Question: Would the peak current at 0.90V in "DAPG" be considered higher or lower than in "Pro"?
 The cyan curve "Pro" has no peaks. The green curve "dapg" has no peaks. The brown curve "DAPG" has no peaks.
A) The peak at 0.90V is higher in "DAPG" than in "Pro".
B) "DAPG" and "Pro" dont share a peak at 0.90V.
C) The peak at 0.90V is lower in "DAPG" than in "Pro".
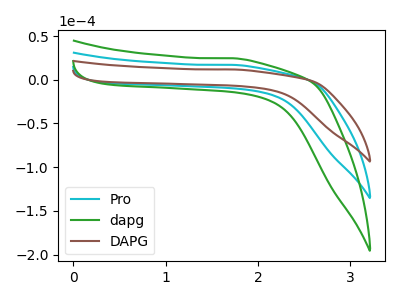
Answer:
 <answer>B) "DAPG" and "Pro" dont share a peak at 0.90V.</answer>
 <eval>B</eval>